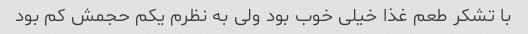
با تشکر طعم غذا خیلی خوب بود ولی به نظرم یکم حجمش کم بود